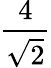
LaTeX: \frac{4}{\sqrt{2}}